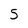
Character: 5